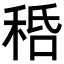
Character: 𥞸